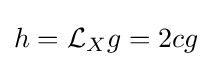
h={\mathcal {L}}_{X}g=2cg